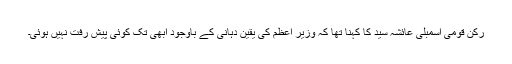
رکن قومی اسمبلی عائشہ سید کا کہنا تھا کہ وزیر اعظم کی یقین دہانی کے باوجود ابھی تک کوئی پیش رفت نہیں ہوئی۔